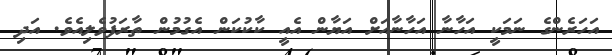
އަހަރެންގެ ނަމަކީ އަހާނާ އަހާނާއަށް އަޔާން އެއީ ކާކުކަން އެގުމުން ތާރަފުވެލިއެވެ. އަދި